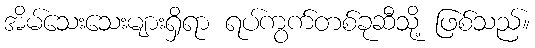
အိမ်သေးသေးများရှိရာ ရပ်ကွက်တစ်ခုဆီသို့ ဖြစ်သည်။